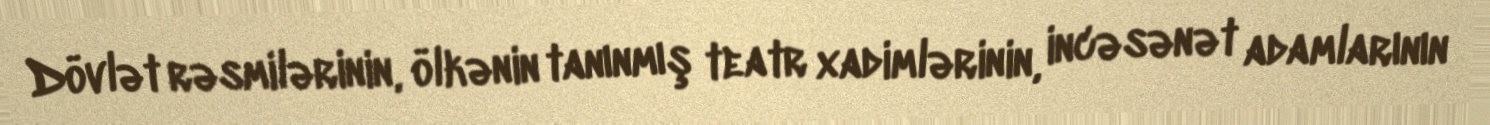
Dövlət rəsmilərinin, ölkənin tanınmış teatr xadimlərinin, incəsənət adamlarının